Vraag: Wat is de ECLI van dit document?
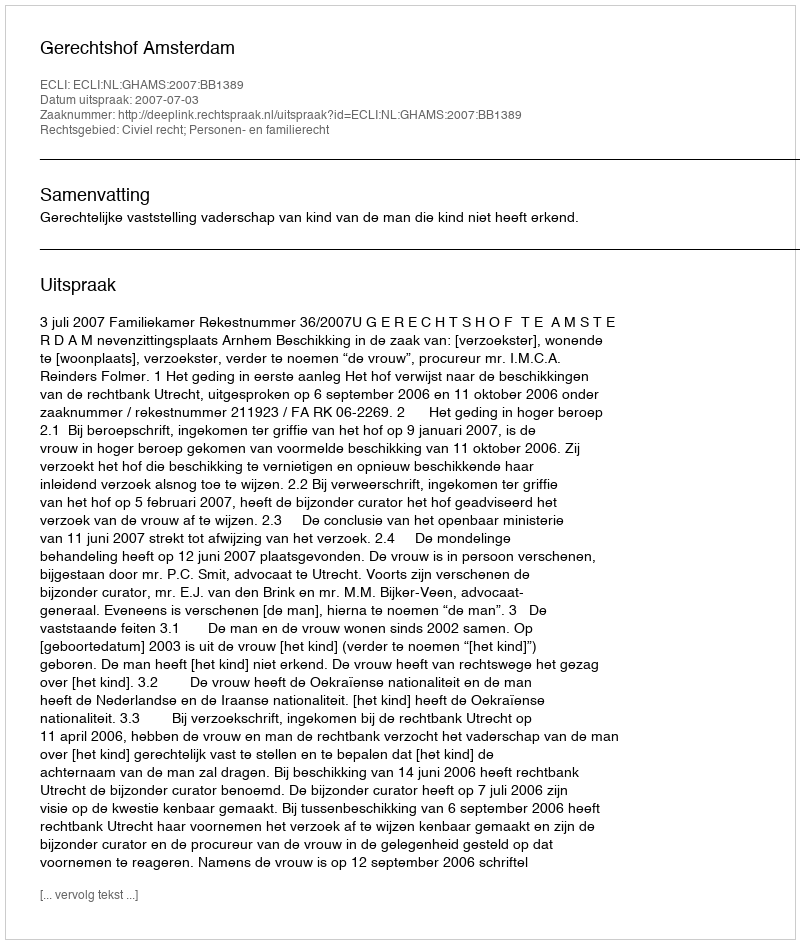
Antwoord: ECLI:NL:GHAMS:2007:BB1389